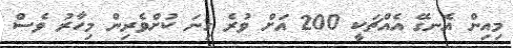
މިއިން އެނގޭ އެއްޗަކީ 200 އަށް ވުރެ ގިނަ ކުށްވެރިން މިހާރު ވެސް